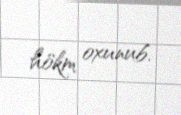
hökm oxunub.